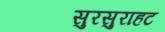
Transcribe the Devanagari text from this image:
सुरसुराहट